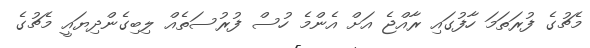
މެޗުގެ ފުރަތަމަ ހާފުގައި ރާއްޖެ އަށް އެންމެ ހުސް ފުރުސަތެއް ލިބިގެންދިޔައީ މެޗުގެ